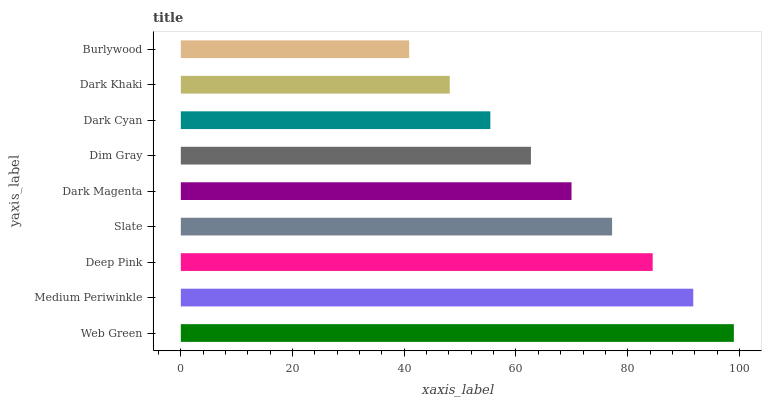
| yaxis_label | bars |
 | --- | --- |
 | Web Green | 99 |
 | Medium Periwinkle | 91.7 |
 | Deep Pink | 84.5 |
 | Slate | 77.2 |
 | Dark Magenta | 69.9 |
 | Dim Gray | 62.7 |
 | Dark Cyan | 55.4 |
 | Dark Khaki | 48.1 |
 | Burlywood | 40.9 |